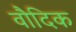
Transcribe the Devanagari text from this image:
वौदिक